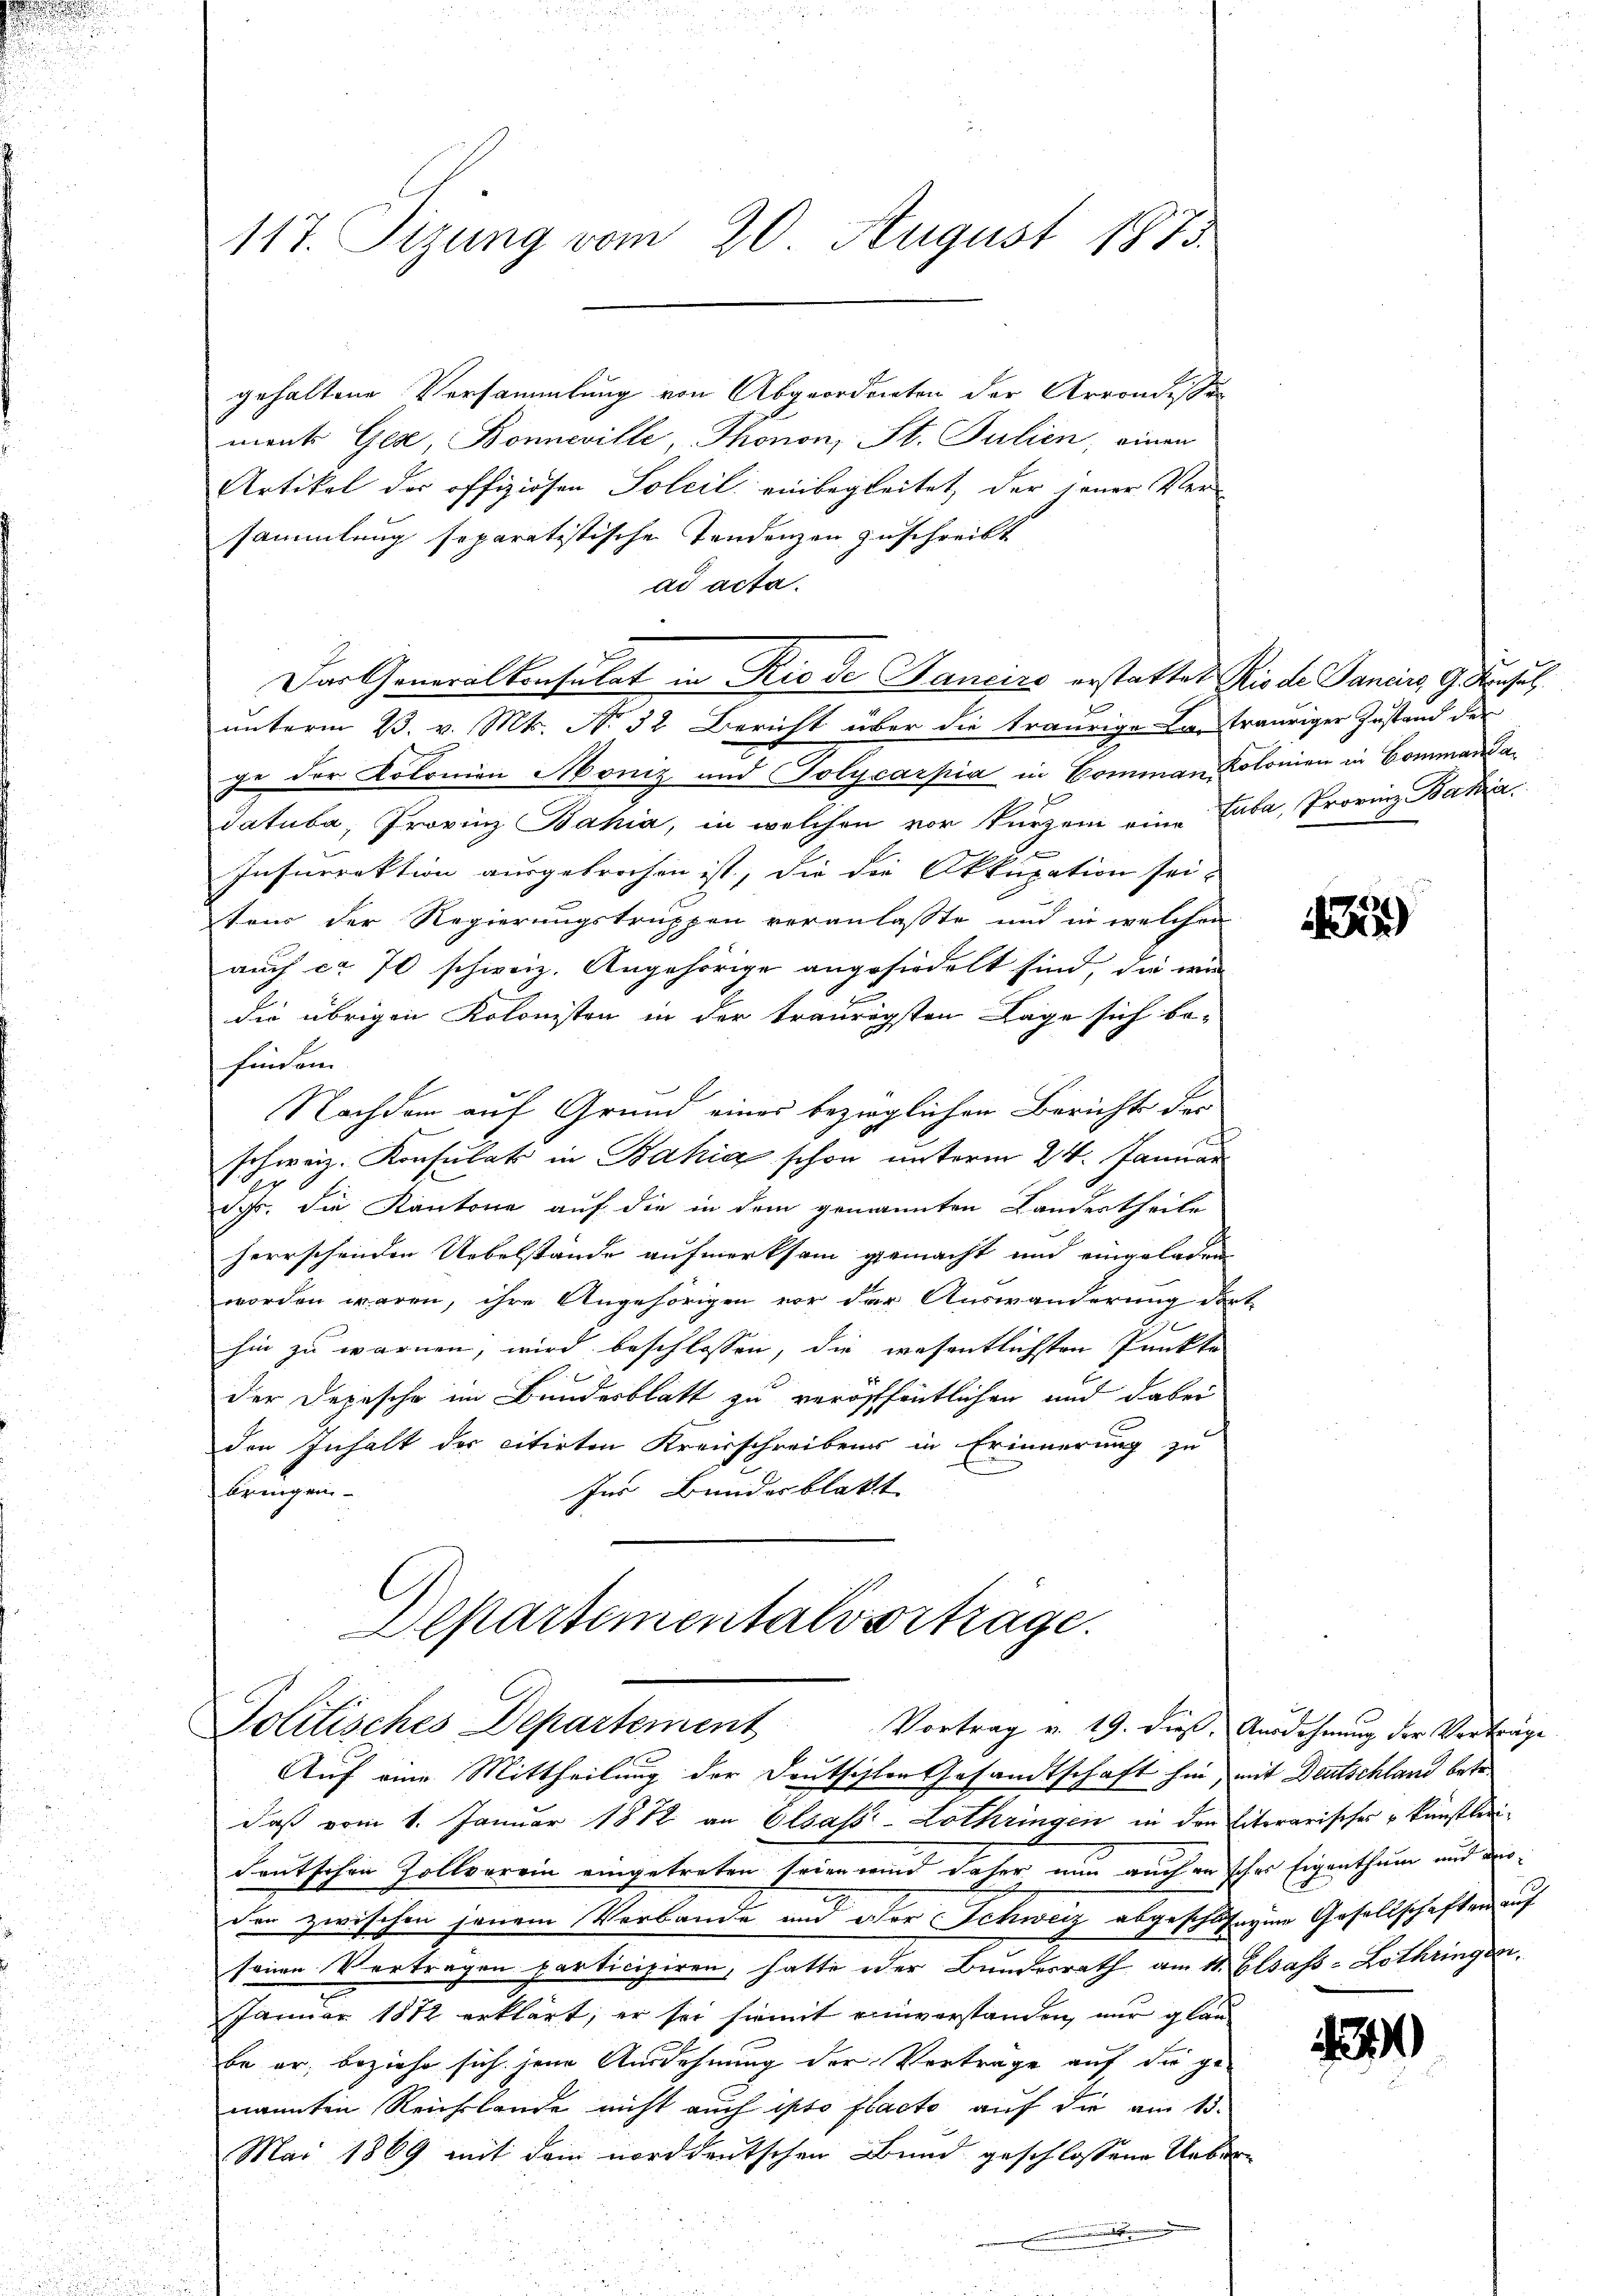
u

117. Sizung vom 20. August 1873.

gehaltene Versammlung von Abgeordneten der Arrondistan
mant Gex, Bonneville, Thonon, St. Julien, einen
Artikel der offiziösen Soleil einbegleitet, der jener Ver
sammlung separatistische Tendenzen zuschreibt
ad acta.
unterm 23. v. Mts. No 32 Bericht über die traurige Bertrauriger Zustand der
ge der Kolonien Moniz und Polycarpia in Commann Kolonien in Commandadatuba, Provinz Bahia, in welchen vor kurzem eine Zuba, Provinz Bakzi¬
Insurrektion ausgebrochen ist, die die Akkupation sei-
tens der Regierungstruppen veranlasste und in welchen
auch ca 70 schweiz. Angehörige angesiedelt sind, die wie
2
die übrigen Kolonisten in der traurigsten Lage sich be-
findem
Nachdem auf Grund eines bezüglichen Berichte der
schweiz. Konsulats in Bahia schon unterm 24. Januar
Sch. die Kantone auf die in dem genannten Landertheile
herrschenden Uebelstände aufmerksam gemacht und eingeladen
worden waren, ihre Angehörigen vor der Auswanderung dort
hin zu warnen, wird beschlossen, die wesentlichsten Punkte
e
der Depesche im Bundesblatt zu veröffentlichen und dabei
den Inhalt der citirten Kreisschreibens in Erinnerung zu
Ins Bundesblatt
bringen

Das Generalkonsulat in Rio de Sancirs erstattet Rio de Janeiro 9 Konsul

Departementalvertrage.
Politisches Departement Vortrag v. 19. dieß. Ausdehnung der Verträge

Auf eine Mittheilung der Deutschlen Gesandtschaft hin, mit Deutschland betr
daß vom 1. Januar 1882 an Elsass-Lothringen in den literarischer künstlerideutschen Zollverein eingetreten seien wird daher nun auch in sches Eigenthum und verder zwischen jenem Verbande und der Schweiz abgeschofzen Gesellschaften auf
sonen Verträgen participiren, hatte oder Bunderrath am 11. Elsass-Lothringen.
Januar 1882 erklärt; er sei hiemit einverstanden, nur glau
be er, beziehe sich jene Ausdehnung der Vertrage auf die ge-
nannten Reichlande nicht auch isto flacte auf die am 15.
Mai 1869 mit dem norddeutschen Bund geschlossene Ueber
.

3

12